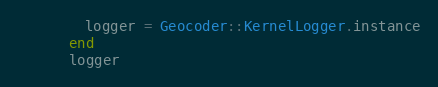
Language: Ruby
        logger = Geocoder::KernelLogger.instance
      end
      logger